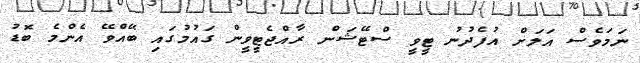
ނަމަވެސް އަލަށް އުފެދުނު ޓީވީ ސްޓޭޝަން ރާއްޖެޓީވީން ގައުމުގައި ބޭއްވޭ އެންމެ ބޮޑު